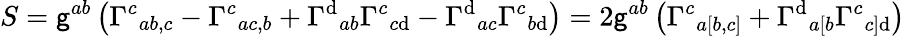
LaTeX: S=\mathsf{g}^{ab}\left({\Gamma^{c}}_{ab,c}-{\Gamma^{c}}_{ac,b}+{\Gamma^{\mathrm{d}}}_{ab}{\Gamma^{c}}_{c\mathrm{d}}-{\Gamma^{\mathrm{d}}}_{ac}{\Gamma^{c}}_{b\mathrm{d}}\right)=2\mathsf{g}^{ab}\left({\Gamma^{c}}_{a[b,c]}+{\Gamma^{\mathrm{d}}}_{a[b}{\Gamma^{c}}_{c]\mathrm{d}}\right)